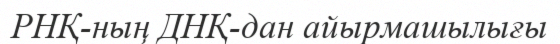
РНҚ-ның ДНҚ-дан айырмашылығы